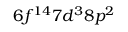
6 f ^ { 1 4 } 7 d ^ { 3 } 8 p ^ { 2 }